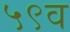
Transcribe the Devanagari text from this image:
५९व